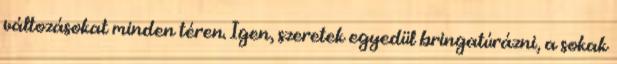
változásokat minden téren. Igen, szeretek egyedül bringatúrázni, a sokak